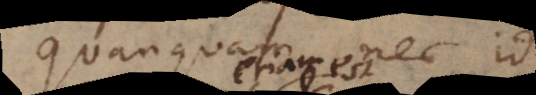
Quanquam nec id